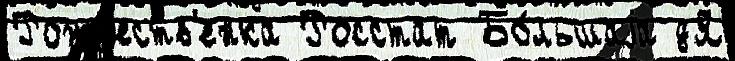
Рожд'еств'енка Росстат Бо́льшаjа дЯ